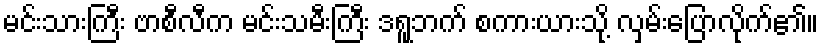
မင်းသားကြီး ဗာစီလီက မင်းသမီးကြီး ဒရူဘက် စကားယားသို့ လှမ်းပြောလိုက်၏။